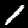
Digit: 1